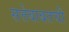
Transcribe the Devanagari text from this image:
सत्तेबाबतची